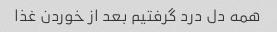
همه دل درد گرفتیم بعد از خوردن غذا